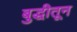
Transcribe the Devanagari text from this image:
बुद्धीतून